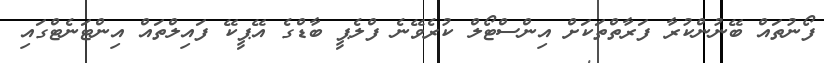
ފޯނުތައް ބޭނުންކުރާ ފަރާތްތަކަށް އިންސްޓޯލް ކުރެވޭނެ ފްލެޕީ ބާޑްގެ އޭޕީކޭ ފައިލްތައް އިންޓަނެޓްގައި